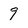
Character: 9